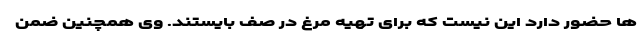
ها حضور دارد این نیست که برای تهیه مرغ در صف بایستند. وی همچنین ضمن